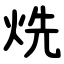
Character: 烍